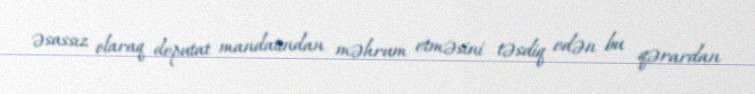
əsassız olaraq deputat mandatından məhrum etməsini təsdiq edən bu qərardan